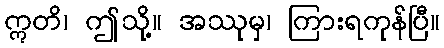
ဣတိ၊ ဤသို့။ အဿုမှ၊ ကြားရကုန်ပြီ။